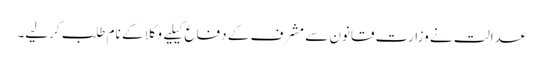
عدالت نے وزارت قانون سے مشرف کے دفاع کیلیے وکلا کے نام طلب کرلیے۔